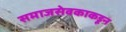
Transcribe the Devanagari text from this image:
समाजसेवकाकडून